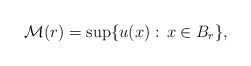
\begin{align*}\mathcal{M}(r) = \sup\{u(x):\, x\in B_r\},\end{align*}